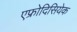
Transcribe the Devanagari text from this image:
एफ्रोदिसियेक